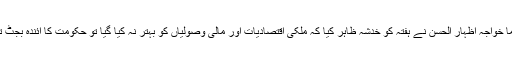
ایم کیوایم کے سینئر رہنما خواجہ اظہار الحسن نے ہفتہ کو خدشہ ظاہر کیا کہ ملکی اقتصادیات اور مالی وصولیاں کو بہتر نہ کیا گیا تو حکومت کا آئندہ بجٹ تک چلنا بھی مشکل ہے ۔